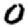
Digit: 0